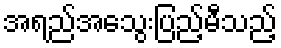
အရည်အသွေးပြည့်မီသည့်